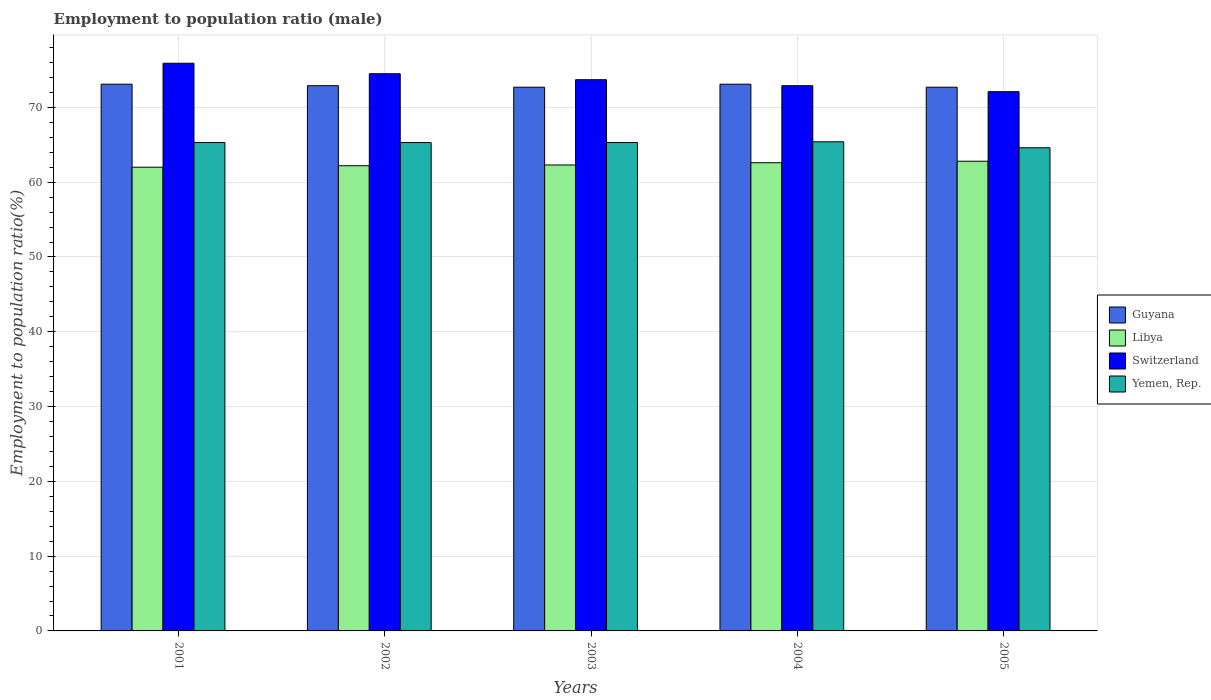
| Years | Guyana | Libya | Switzerland | Yemen, Rep. |
 | --- | --- | --- | --- | --- |
 | 2001 | 73.1 | 62 | 75.9 | 65.3 |
 | 2002 | 72.9 | 62.2 | 74.5 | 65.3 |
 | 2003 | 72.7 | 62.3 | 73.7 | 65.3 |
 | 2004 | 73.1 | 62.6 | 72.9 | 65.4 |
 | 2005 | 72.7 | 62.8 | 72.1 | 64.6 |